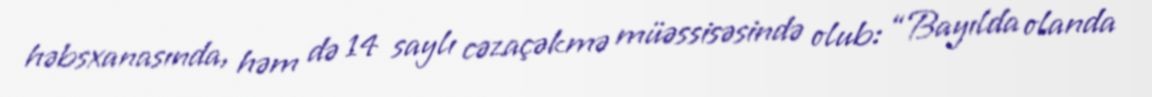
həbsxanasında, həm də 14 saylı cəzaçəkmə müəssisəsində olub: “Bayılda olanda